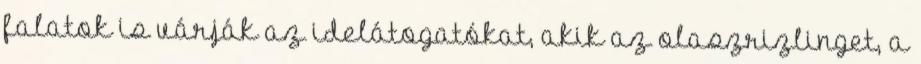
falatok is várják az idelátogatókat, akik az olaszrizlinget, a